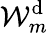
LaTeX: \mathcal{W}_{m}^{\mathrm{d}}